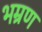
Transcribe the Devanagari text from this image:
भम्रण